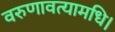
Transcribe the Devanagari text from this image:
वरुणावत्यामधि।